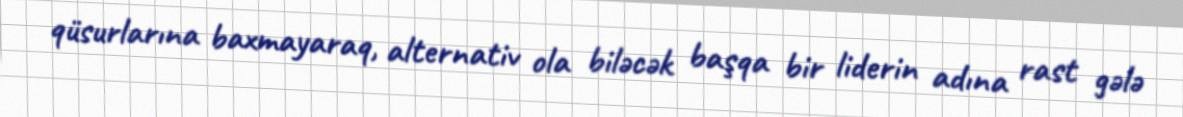
qüsurlarına baxmayaraq, alternativ ola biləcək başqa bir liderin adına rast gələ